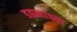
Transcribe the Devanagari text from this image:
डझनांच्या